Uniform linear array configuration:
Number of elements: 4
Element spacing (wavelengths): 0.75
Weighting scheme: exponential
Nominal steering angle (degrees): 0
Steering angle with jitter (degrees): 0.1707
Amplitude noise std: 0.05
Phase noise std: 0.05

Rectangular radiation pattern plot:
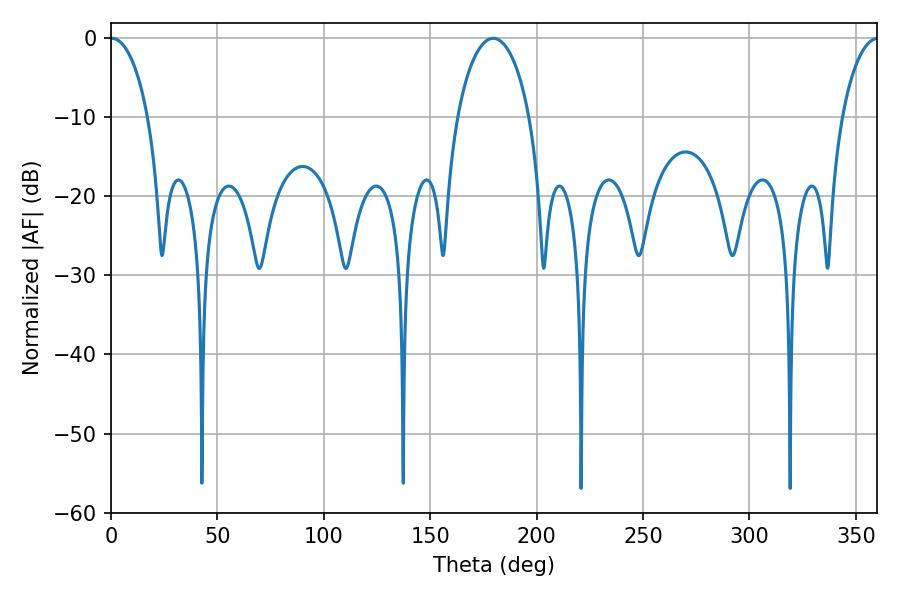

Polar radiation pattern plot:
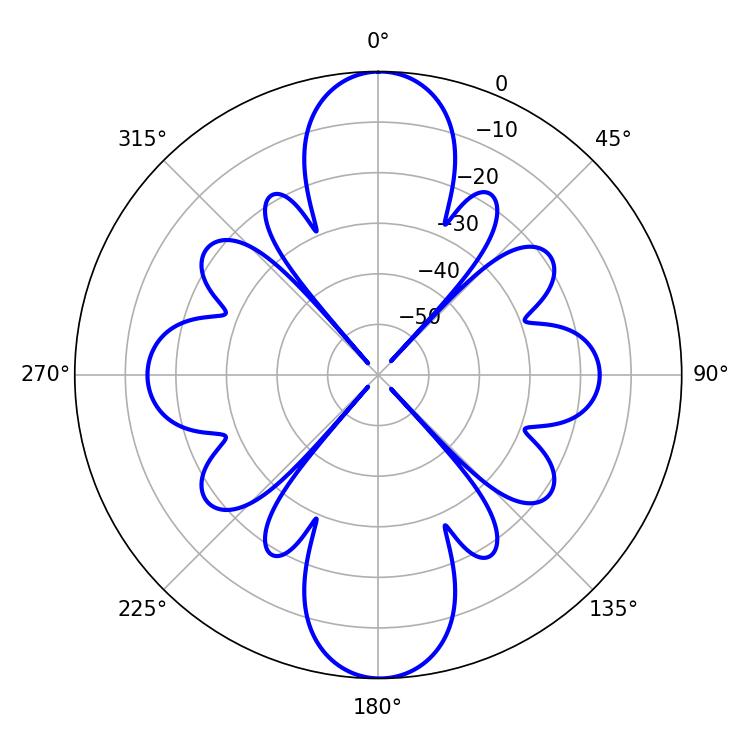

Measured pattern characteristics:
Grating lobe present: TRUE
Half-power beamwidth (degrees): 10.08
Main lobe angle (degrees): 0.36